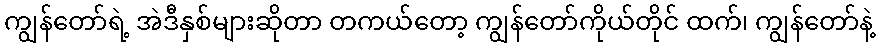
ကျွန်တော်ရဲ့ အဲဒီနှစ်များဆိုတာ တကယ်တော့ ကျွန်တော်ကိုယ်တိုင် ထက်၊ ကျွန်တော်နဲ့